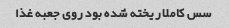
سس کاملا ریخته شده بود روی جعبه غذا